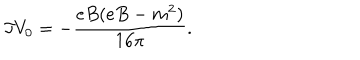
\Im V _ { 0 } = - \frac { e B ( e B - m ^ { 2 } ) } { 1 6 \pi } .